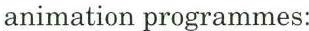
animation programmes: